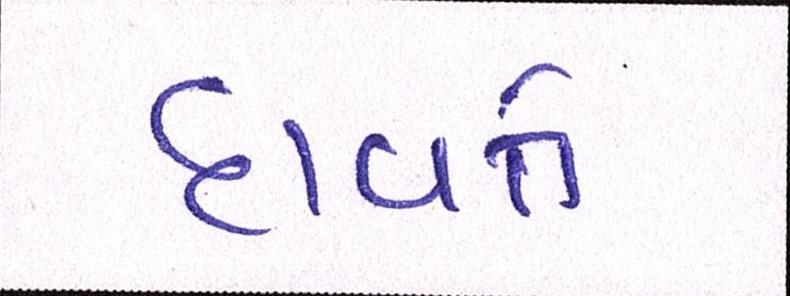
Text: દાવતે